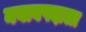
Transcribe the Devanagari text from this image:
नवाबपदाला